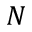
N